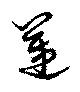
邁